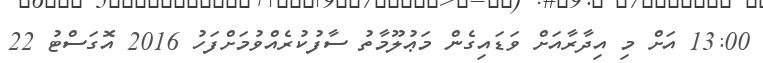
13:00 އަށް މި އިދާރާއަށް ވަޑައިގެން މަޢުލޫމާތު ސާފުކުރެއްވުމަށްފަހު 2016 އޮގަސްޓު 22